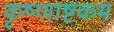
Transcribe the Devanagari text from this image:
कृष्णाष्टकम